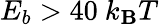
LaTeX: E_{b}>40~k_{\mathbf{B}}T